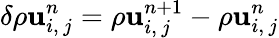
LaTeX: \delta\rho\mathbf{u}_{i,\, j}^{n}=\rho\mathbf{u}_{i,\, j}^{n+1}-\rho\mathbf{u}_{i,\, j}^{n}